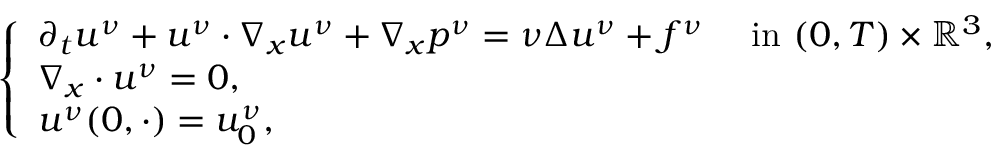
\begin{array} { r } { \left\{ \begin{array} { l l } { \partial _ { t } u ^ { \nu } + u ^ { \nu } \cdot \nabla _ { x } u ^ { \nu } + \nabla _ { x } p ^ { \nu } = \nu \Delta u ^ { \nu } + f ^ { \nu } \quad \mathrm { ~ i n ~ } ( 0 , T ) \times \mathbb { R } ^ { 3 } , } \\ { \nabla _ { x } \cdot u ^ { \nu } = 0 , } \\ { u ^ { \nu } ( 0 , \cdot ) = u _ { 0 } ^ { \nu } , } \end{array} \right. } \end{array}